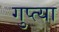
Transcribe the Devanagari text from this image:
गुप्त्या